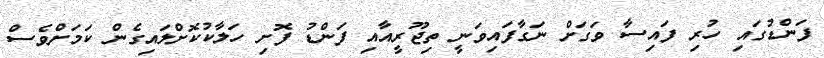
ފަންޑުގައި ހުރި ފައިސާ ވަގަށް ނަގާފައިވަނީ ތިޖޫރީއާއި ފަންޑު ފޮށި ހަލާކުކޮށްލައިގެން ކަމަށްވެސް